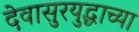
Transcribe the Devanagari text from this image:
देवासुरयुद्धाच्या